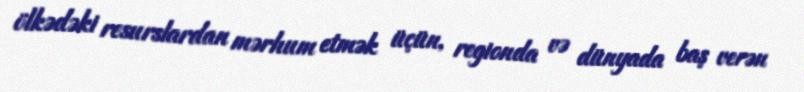
ölkədəki resurslardan mərhum etmək üçün, regionda və dünyada baş verən